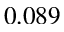
0 . 0 8 9